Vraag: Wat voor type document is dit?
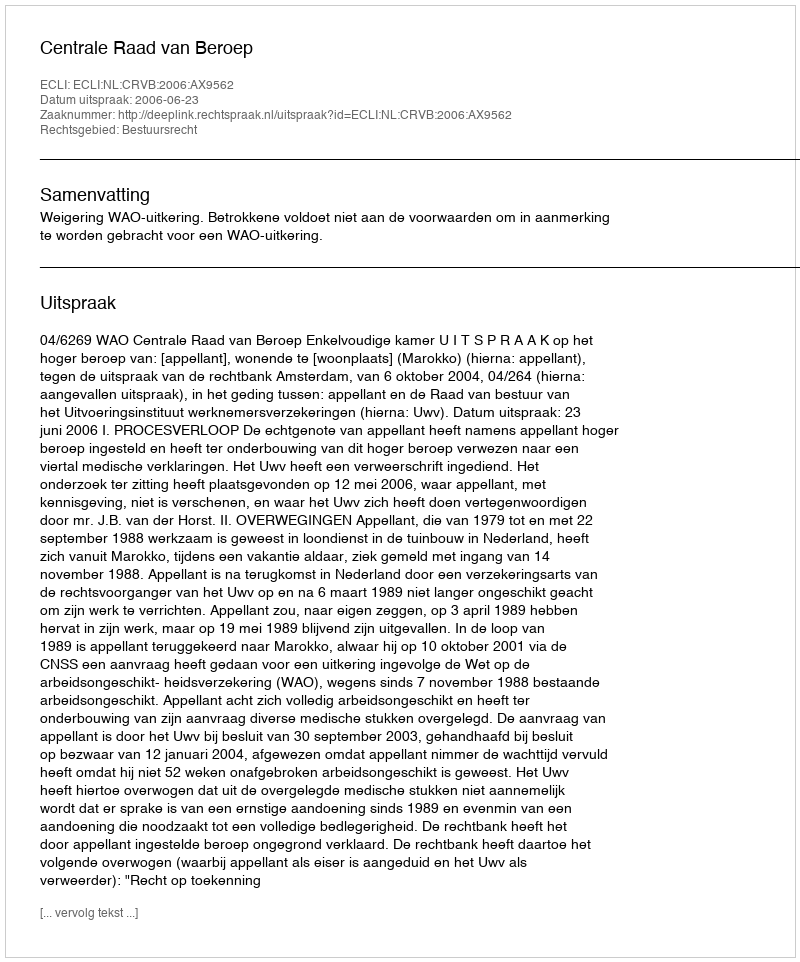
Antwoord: Uitspraak